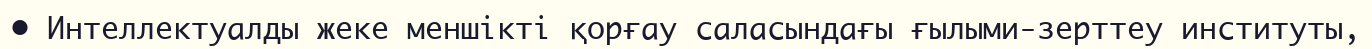
• Интеллектуалды жеке меншікті қорғау саласындағы ғылыми-зерттеу институты,